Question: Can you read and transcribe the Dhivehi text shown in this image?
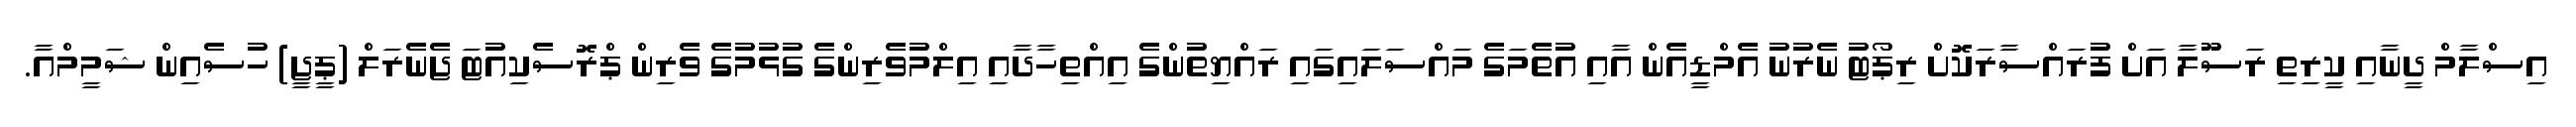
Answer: އިސްލާމް ދީނާއި ކީރިތި ރަސޫލާ އަށް ފުރައްސާރަކޮށް ރިޕޯޓު ނެރުނު އެމްޑީއެން އާއި އުތެމަގެ މައްސަލައިގައި ރައްޔިތުންގެ އިއްތިހާދާއި އިލްމުވެރިންގެ ގުޅުމުގެ ވެރިން ޕްރޮސެކިއުޓަ ޖެނެރަލް (ޕީޖީ) ހުސެއިން ޝަމީމްއާ.